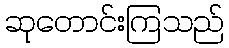
ဆုတောင်းကြသည်